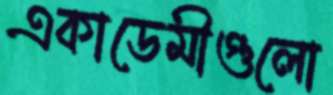
একাডেমীগুলো